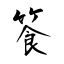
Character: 篒